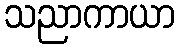
သညာကာယာ